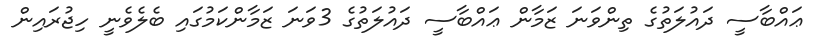
ޢައްބާސީ ދައުލަތުގެ ތިންވަނަ ޒަމާން ޢައްބާސީ ދައުލަތުގެ 3ވަނަ ޒަމާންކަމުގައި ބެލެވެނީ ހިޖުރައިން